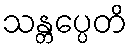
သန္တပ္ပေတိ